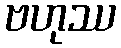
ဗဟုဿ